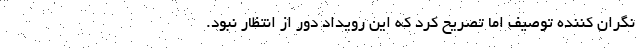
نگران کننده توصیف اما تصریح کرد که این رویداد دور از انتظار نبود.